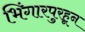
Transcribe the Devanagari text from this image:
भिंगारपुरहून